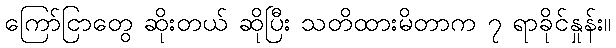
ကြော်ငြာတွေ ဆိုးတယ် ဆိုပြီး သတိထားမိတာက ၇ ရာခိုင်နှုန်း။